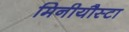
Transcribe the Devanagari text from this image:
मिनीयौस्टा